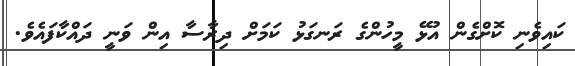
ކައިވެނި ކޮށްގެން އުޅޭ މީހުންގެ ރަނގަޅު ކަމަށް ދިރާސާ އިން ވަނީ ދައްކާފައެވެ.